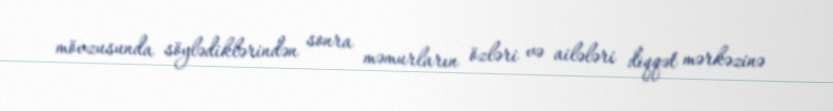
mövzusunda söylədiklərindən sonra məmurların özləri və ailələri diqqət mərkəzinə